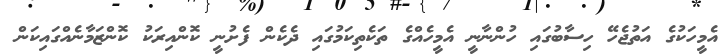
އެމީހަކުގެ އަތުޖެހޭ ހިސާބުގައި ހުންނާނީ އެމީހެއްގެ ތަކެތިކަމުގައި ދެކެން ފެށުނީ ކޮންއިރަކު ކޮންޒަމާނެއްގައިކަން